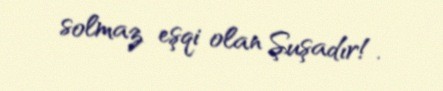
solmaz eşqi olan Şuşadır!.